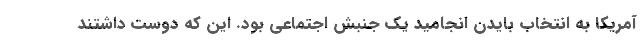
آمریکا به انتخاب بایدن انجامید یک جنبش اجتماعی بود. این که دوست داشتند